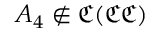
A _ { 4 } \not \in { \mathfrak { C } } ( { \mathfrak { C } } { \mathfrak { C } } )